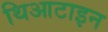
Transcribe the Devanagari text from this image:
थिआटाइन